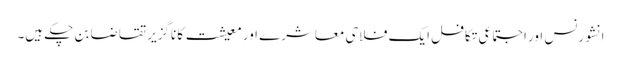
انشورنس اور اجتماعی تکافل ایک فلاحی معاشرے اور معیشت کا ناگزیر تقاضا بن چکے ہیں۔